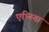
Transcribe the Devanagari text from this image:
एप्निया